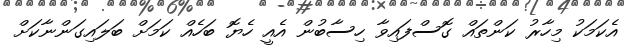
އެކަމަކު މިހާރު ކަންތައް ގޮސްފައިވާ ހިސާބުން އެއީ ހެޔޮ ބަހެއް ކަމަށް ބަލައިގަންނާކަށް